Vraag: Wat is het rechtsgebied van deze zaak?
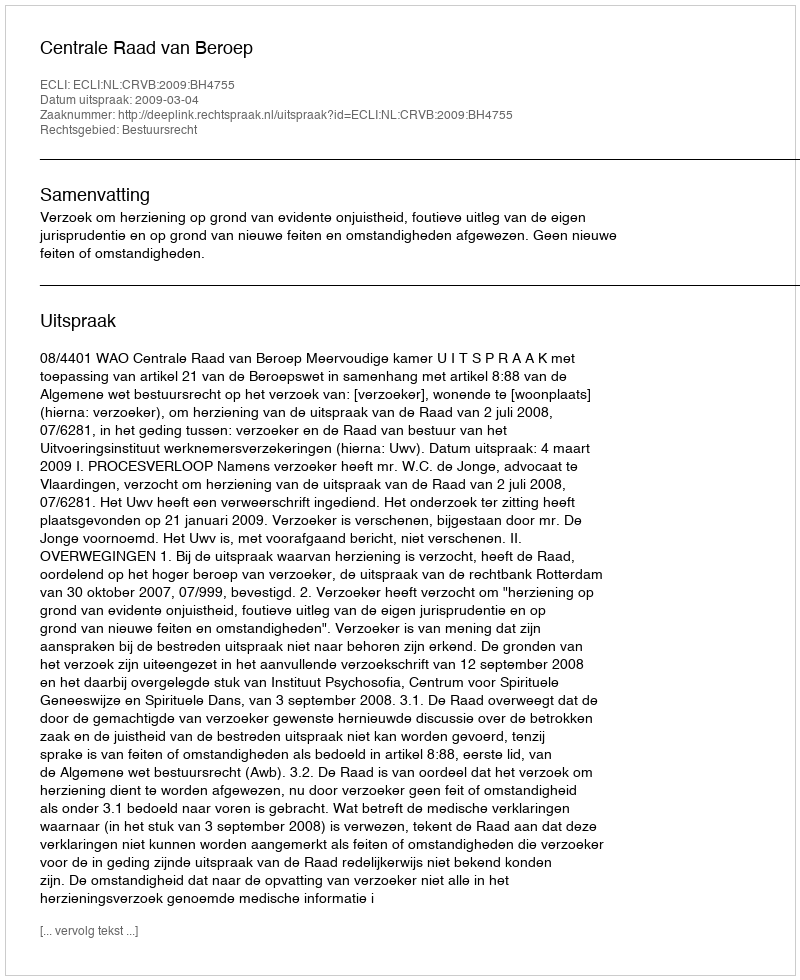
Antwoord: Bestuursrecht